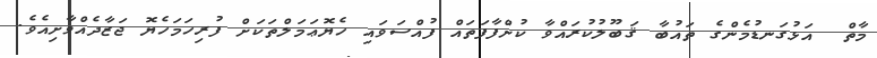
މާތް  އަޅުގަނޑުމެންގެ ތައުބާ ޤަބޫލުކުރައްވާ ކުށްފާފަތައް ފުއްސަވައި ހެޔޮޢަމަލްތަކަށް ފުރިހަމަހެޔޮ ޖަޒާދެއްވާށިއެވެ.